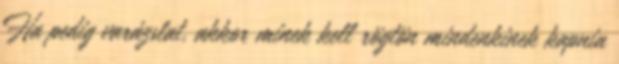
Ha pedig varázslat, akkor minek kell rögtön mindenkinek kapnia